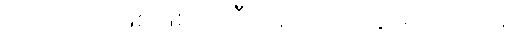
ဘယ်လိုပဲဖြစ်ဖြစ် အဲဒီ နေရာကို သွားသင့်တယ်။